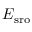
E _ { \mathrm { s r o } }